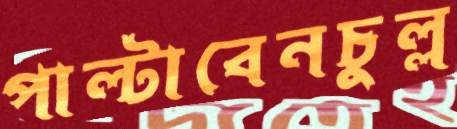
পাল্‌টাবেনচুল্ল